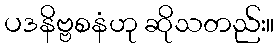
ပဒနိဗ္ဗစနံဟု ဆိုသတည်း။